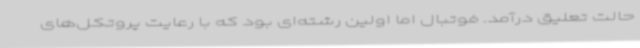
حالت تعلیق درآمد. فوتبال اما اولین رشته‌ای بود که با رعایت پروتکل‌های